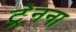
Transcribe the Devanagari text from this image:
ट्रेनना